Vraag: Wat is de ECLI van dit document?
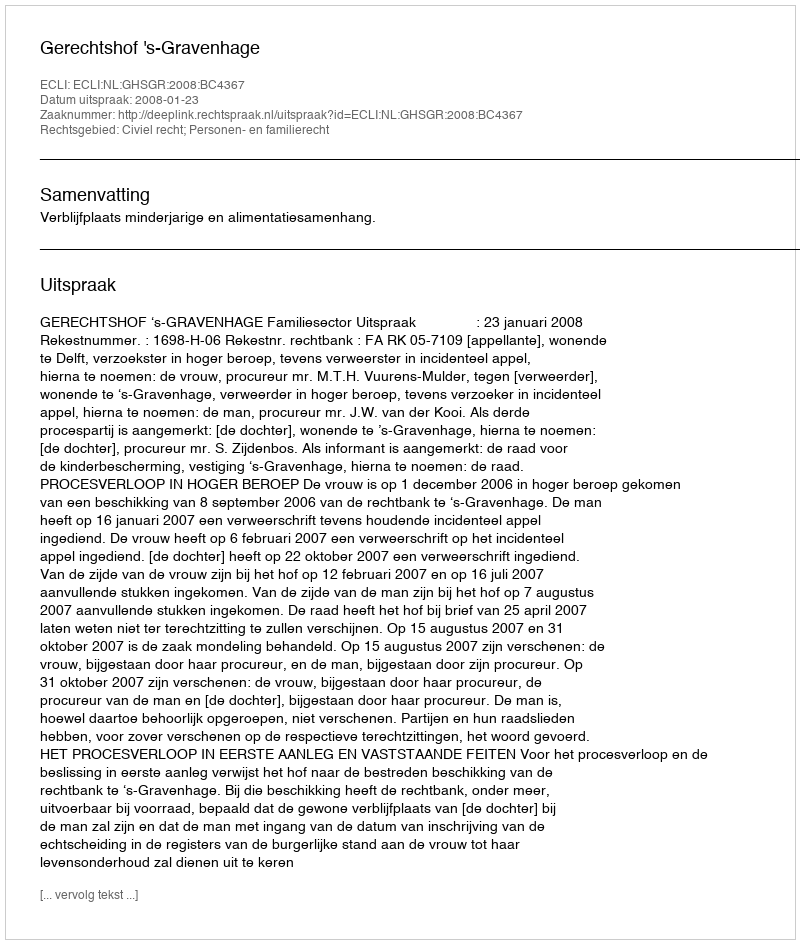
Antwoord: ECLI:NL:GHSGR:2008:BC4367